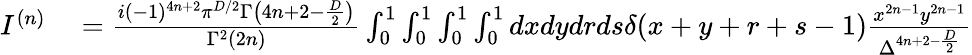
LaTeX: \begin{array}{rl}{I^{(n)}}&{{}=\frac{i(-1)^{4n+2}\pi^{D/2}\Gamma\big(4n+2-\frac{D}{2}\big)}{\Gamma^{2}(2n)}\int_{0}^{1}\int_{0}^{1}\int_{0}^{1}\int_{0}^{1}dxdydrds\delta(x+y+r+s-1)\frac{x^{2n-1}y^{2n-1}}{\Delta^{4n+2-\frac{D}{2}}}}\end{array}